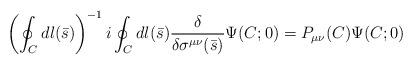
LaTeX: \begin{align*}\left(\oint_C dl(\bar s)\right)^{-1}i\oint_C dl(\bar s){\delta\over\delta \sigma^{\mu\nu}(\bar s)} \Psi(C; 0)=P_{\mu\nu}(C)\Psi(C; 0)\end{align*}